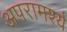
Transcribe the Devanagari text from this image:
अपरामर्श्य